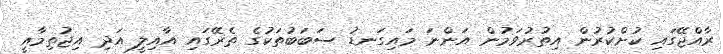
ރާއްޖޭގައި ކުށްކުރުން އިތުރުވަމުން އަންނަ މައިގަނޑު ސަބަބުތަކުގެ ތެރޭގައި އާއިލީ އަދި އިޖުތިމާއީ